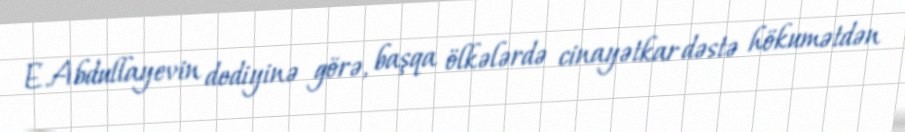
E.Abdullayevin dediyinə görə, başqa ölkələrdə cinayətkar dəstə hökumətdən